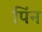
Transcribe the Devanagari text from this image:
पिंन